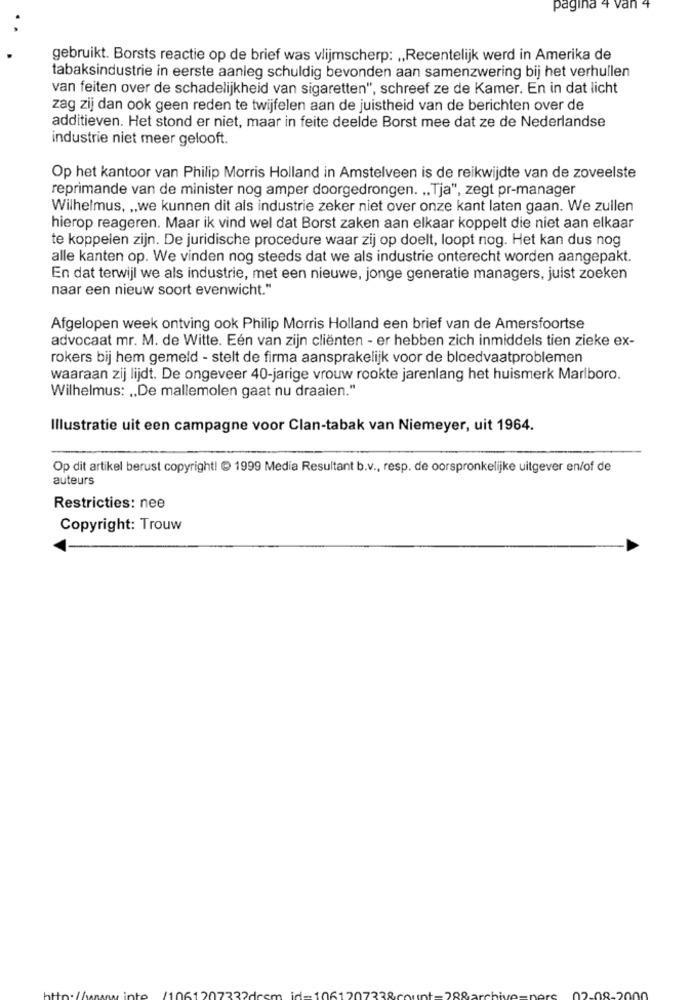
pagina 4 van 4
gebruikt. Borsts reactie op de brief was vlijmscherp: „Recentelijk werd in Amerika de
tabaksindustrie in eerste aanleg schuldig bevonden aan samenzwering bij het verhullen
van feiten over de schadelijkheid van sigaretten", schreef ze de Kamer. En in dat licht
zag zij dan ook geen reden te twijfelen aan de juistheid van de berichten over de
additieven. Het stond er niet, maar in feite deelde Borst mee dat ze de Nederlandse
industrie niet meer gelooft.
Op het kantoor van Philip Morris Holland in Amstelveen is de reikwijdte van de zoveelste
reprimande van de minister nog amper doorgedrongen. .. Tja", zegt pr-manager
Wilhelmus, „we kunnen dit als industrie zeker niet over onze kant laten gaan. We zullen
hierop reageren. Maar ik vind wel dat Borst zaken aan elkaar koppelt die niet aan elkaar
te koppelen zijn. De juridische procedure waar zij op doelt, loopt nog. Het kan dus nog
alle kanten op. We vinden nog steeds dat we als industrie onterecht worden aangepakt.
En dat terwijl we als industrie, met een nieuwe, jonge generatie managers, juist zoeken
naar een nieuw soort evenwicht."
Afgelopen week ontving ook Philip Morris Holland een brief van de Amersfoortse
advocaat mr. M. de Witte. Eén van zijn cliënten - er hebben zich inmiddels tien zieke ex-
rokers bij hem gemeld - stelt de firma aansprakelijk voor de bloedvaatproblemen
waaraan zij lijdt. De ongeveer 40-jarige vrouw rookte jarenlang het huismerk Marlboro.
Wilhelmus: „De mallemolen gaat nu draaien.“
Illustratie uit een campagne voor Clan-tabak van Niemeyer, uit 1964.
Op dit artikel berust copyright! @ 1999 Media Resultant b.v ., resp. de oorspronkelijke uitgever en/of de
auteurs
Restricties: nee
Copyright: Trouw
332